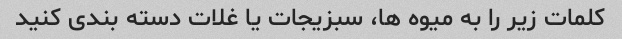
کلمات زیر را به میوه ها، سبزیجات یا غلات دسته بندی کنید